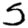
Digit: 5